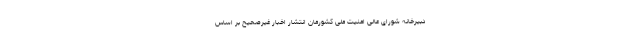
دبیرخانه شورای عالی امنیت ملی کشورمان انتشار اخبار غیرصحیح بر اساس